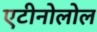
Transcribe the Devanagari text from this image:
एटीनोलोल